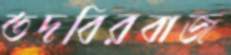
তদবিরবাজ